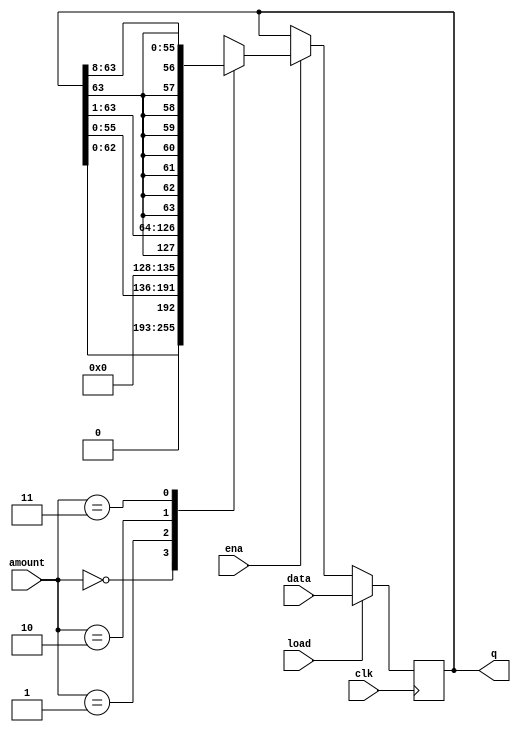
module top_module(
    input clk,
    input load,
    input ena,
    input [1:0] amount,
    input [63:0] data,
    output reg [63:0] q); 

    always @(posedge clk) begin
        if (load) begin
            q <= data;
        end else if (ena) begin
            case(amount)
                2'b00 : q <= q << 1;
                2'b01 : q <= q << 8;
                2'b10 : q <= $signed(q) >>> 1;
                2'b11 : q <= $signed(q) >>> 8;
            endcase
        end
    end

endmodule